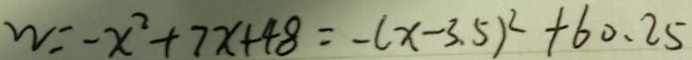
W = - x ^ { 2 } + 7 x + 4 8 = - ( x - 3 . 5 ) ^ { 2 } + 6 0 . 2 5